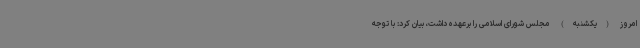
امروز (یکشنبه) مجلس شورای اسلامی را برعهده داشت، بیان کرد: با توجه